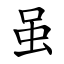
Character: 虽